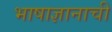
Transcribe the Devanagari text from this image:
भाषाज्ञानाची